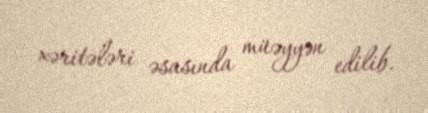
xəritələri əsasında müəyyən edilib.